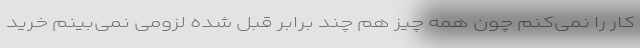
کار را نمی‌کنم چون همه چیز هم چند برابر قبل شده لزومی نمی‌بینم خرید